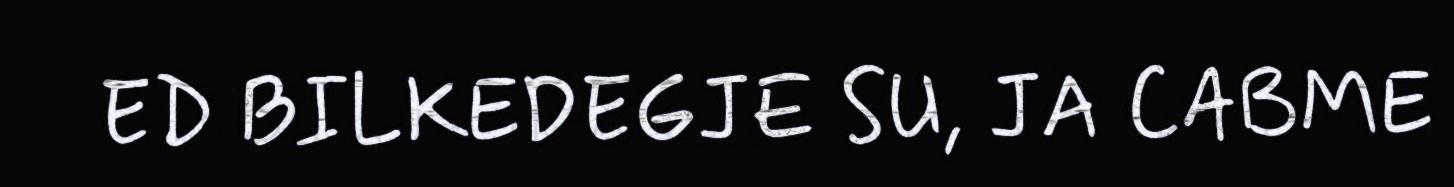
ED BILKEDEGJE SU, JA CABME